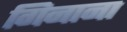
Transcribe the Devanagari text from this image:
गिनाना